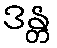
ဒန္တ